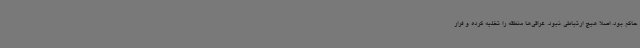
حاکم بود. اصلاً هیچ ارتباطی نبود. عراقی‌ها منطقه را تخلیه کرده و فرار